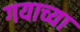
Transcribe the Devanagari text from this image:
गयाच्या